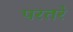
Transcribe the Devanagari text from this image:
परतरे